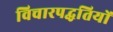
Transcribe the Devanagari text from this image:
विचारपद्धतियों